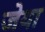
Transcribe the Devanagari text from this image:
जेया